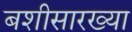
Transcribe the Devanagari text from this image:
बशीसारख्या